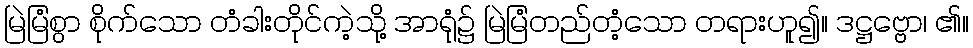
မြဲမြံစွာ စိုက်သော တံခါးတိုင်ကဲ့သို့ အာရုံ၌ မြဲမြံတည်တံ့သော တရားဟူ၍။ ဒဋ္ဌဗ္ဗော၊ ၏။